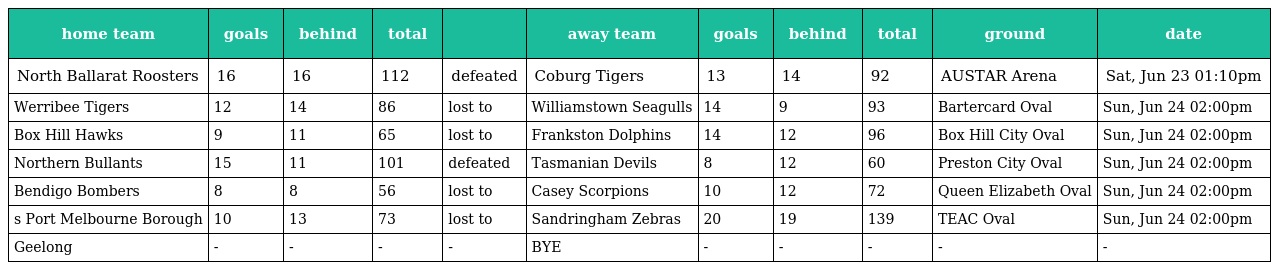
| home team | goals | behind | total |  | away team | goals | behind | total | ground | date |
 | --- | --- | --- | --- | --- | --- | --- | --- | --- | --- | --- |
 | North Ballarat Roosters | 16 | 16 | 112 | defeated | Coburg Tigers | 13 | 14 | 92 | AUSTAR Arena | Sat, Jun 23 01:10pm |
 | Werribee Tigers | 12 | 14 | 86 | lost to | Williamstown Seagulls | 14 | 9 | 93 | Bartercard Oval | Sun, Jun 24 02:00pm |
 | Box Hill Hawks | 9 | 11 | 65 | lost to | Frankston Dolphins | 14 | 12 | 96 | Box Hill City Oval | Sun, Jun 24 02:00pm |
 | Northern Bullants | 15 | 11 | 101 | defeated | Tasmanian Devils | 8 | 12 | 60 | Preston City Oval | Sun, Jun 24 02:00pm |
 | Bendigo Bombers | 8 | 8 | 56 | lost to | Casey Scorpions | 10 | 12 | 72 | Queen Elizabeth Oval | Sun, Jun 24 02:00pm |
 | s Port Melbourne Borough | 10 | 13 | 73 | lost to | Sandringham Zebras | 20 | 19 | 139 | TEAC Oval | Sun, Jun 24 02:00pm |
 | Geelong | - | - | - | - | BYE | - | - | - | - | - |